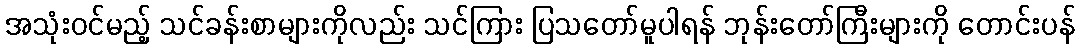
အသုံးဝင်မည့် သင်ခန်းစာများကိုလည်း သင်ကြား ပြသတော်မူပါရန် ဘုန်းတော်ကြီးများကို တောင်းပန်